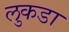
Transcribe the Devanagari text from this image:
लुकडा